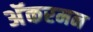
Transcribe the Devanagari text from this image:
अॅकरमन